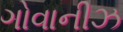
ગોવાનીઝ